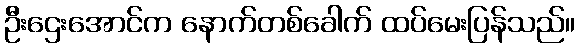
ဦးဌေးအောင်က နောက်တစ်ခေါက် ထပ်မေးပြန်သည်။